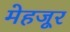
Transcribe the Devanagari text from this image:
मेहजूर